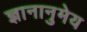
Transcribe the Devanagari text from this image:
ज्ञानानुमेय